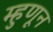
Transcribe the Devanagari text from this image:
म्हुणून